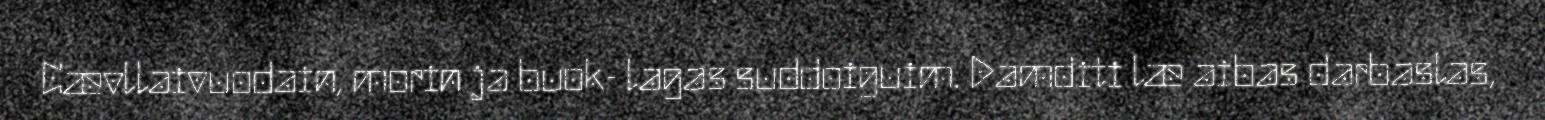
Cævllaivuodain, morin ja buok- lagas suddoiguim. Damditi læ aibas darbaslas,